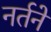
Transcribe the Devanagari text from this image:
नर्तनें